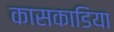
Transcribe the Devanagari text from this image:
कासकाडिया